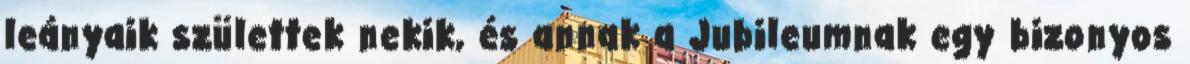
leányaik születtek nekik, és annak a Jubileumnak egy bizonyos